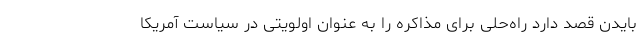
بایدن قصد دارد راه‌حلی برای مذاکره را به عنوان اولویتی در سیاست آمریکا